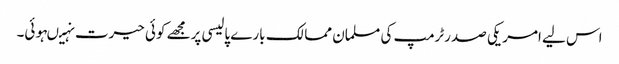
اس لیے امریکی صدرٹرمپ کی مسلمان ممالک بارے پالیسی پرمجھے کوئی حیرت نہیںہوئی۔